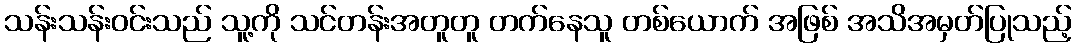
သန်းသန်းဝင်းသည် သူ့ကို သင်တန်းအတူတူ တက်နေသူ တစ်ယောက် အဖြစ် အသိအမှတ်ပြုသည့်